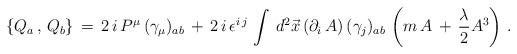
LaTeX: \begin{align*}\{Q_{a}\,,\,Q_{b}\}\,=\,2\,i\,P^{\mu }\,(\gamma _{\mu})_{ab}\,+\,2\,i\,\epsilon ^{i\,j}\,\int \,d^{2}\vec{x}\,(\partial_{i}\,A)\,(\gamma _{j})_{ab}\,\left( m\,A\,+\,\frac{\lambda }{2}A^{3}\right)\,. \end{align*}